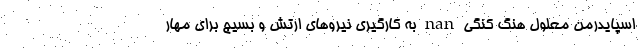
اسپایدرمن معلول هنگ کنگی nan به کارگیری نیروهای ارتش و بسیج برای مهار